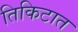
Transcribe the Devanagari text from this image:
तिकिटात